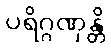
ပရိဂ္ဂဏှန္တိ